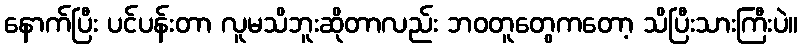
နောက်ပြီး ပင်ပန်းတာ လူမသိဘူးဆိုတာလည်း ဘဝတူတွေကတော့ သိပြီးသားကြီးပဲ။